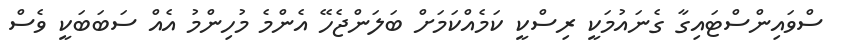
ސްވައިންސްޓައިގާ ގެނައުމަކީ ރިސްކީ ކަމެއްކަމަށް ބަލަންޖެހޭ އެންމެ މުހިންމު އެއް ސަބަބަކީ ވެސް